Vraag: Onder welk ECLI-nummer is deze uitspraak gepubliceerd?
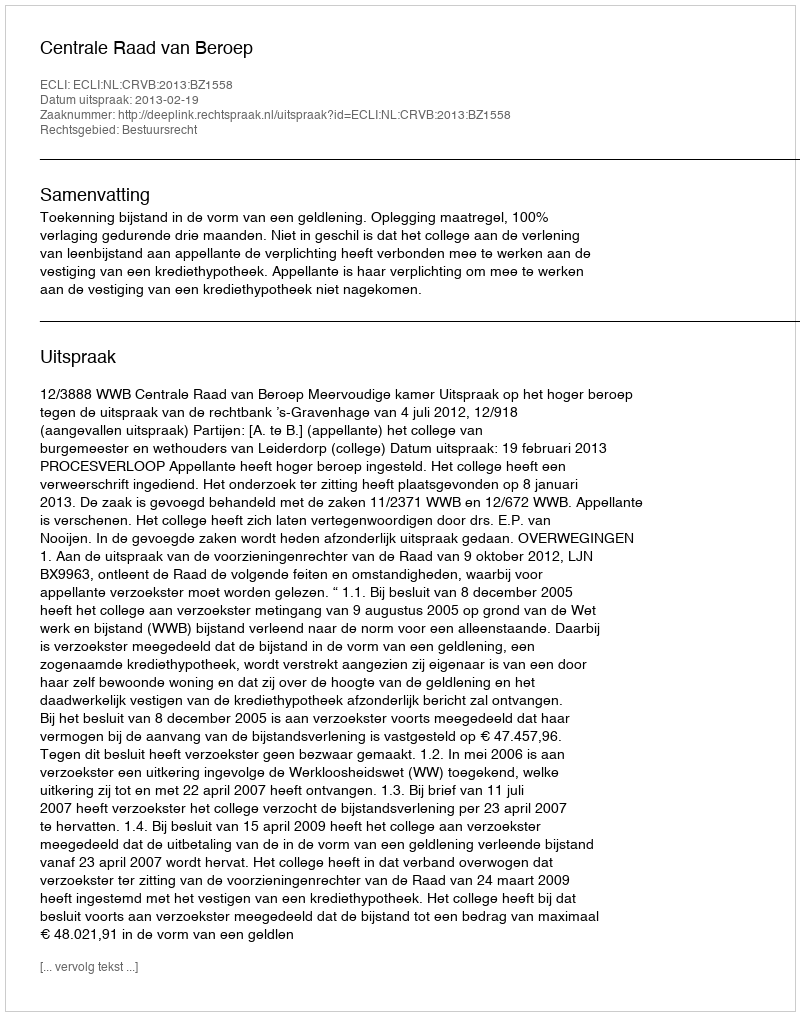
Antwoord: ECLI:NL:CRVB:2013:BZ1558